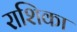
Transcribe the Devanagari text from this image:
राशिका